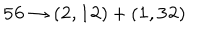
LaTeX: { \bf 5 6 } \to ( { \bf 2 } , { \bf 1 2 } ) + ( { \bf 1 } , { \bf 3 2 } )